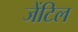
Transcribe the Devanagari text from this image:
जेंटिल